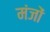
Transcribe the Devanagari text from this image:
मंजों